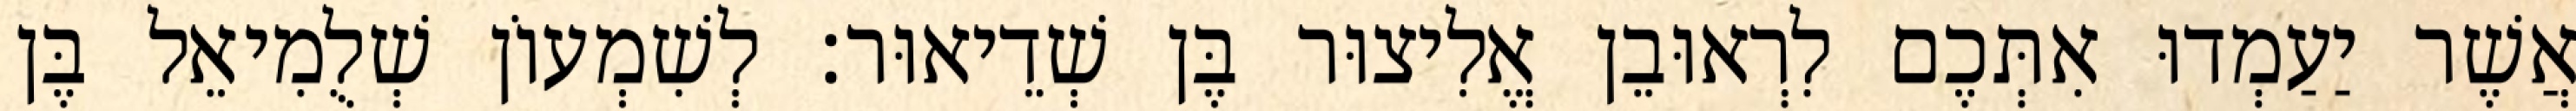
אֲשֶׁר יַעַמְדוּ אִתְּכֶם לִרְאוּבֵן אֱלִיצוּר בֶּן שְׁדֵיאוּר׃ לְשִׁמְעוֹן שְׁלֻמִיאֵל בֶּן